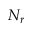
N _ { r }